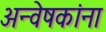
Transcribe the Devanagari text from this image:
अन्वेषकांना